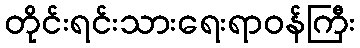
တိုင်းရင်းသားရေးရာဝန်ကြီး